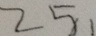
2 5 、